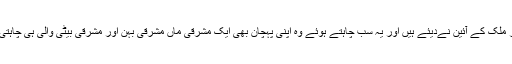
ہماری عورت صرف اور صرف وہی آزادی چاہتی ہے اور وہی حقوق چاہتی ہے جو اس کو اسلام نے اور ملک کے آئین نےدیئے ہیں اور یہ سب چاہتے ہوئے وہ اپنی پہچان بھی ایک مشرقی ماں مشرقی بہن اور مشرقی بیٹی والی ہی چاہتی ہے وہ چاہتی ہےکہ اسے شرم و حیا کا پیکر بھی تسلیم کیاجائے، اسے ذہین و فطین بھی تسلیم کیا جائے۔